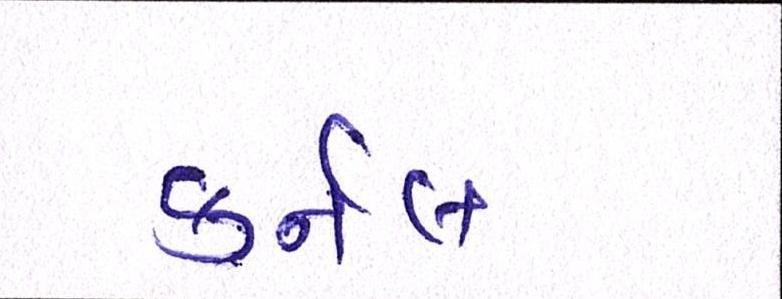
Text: કર્નલ